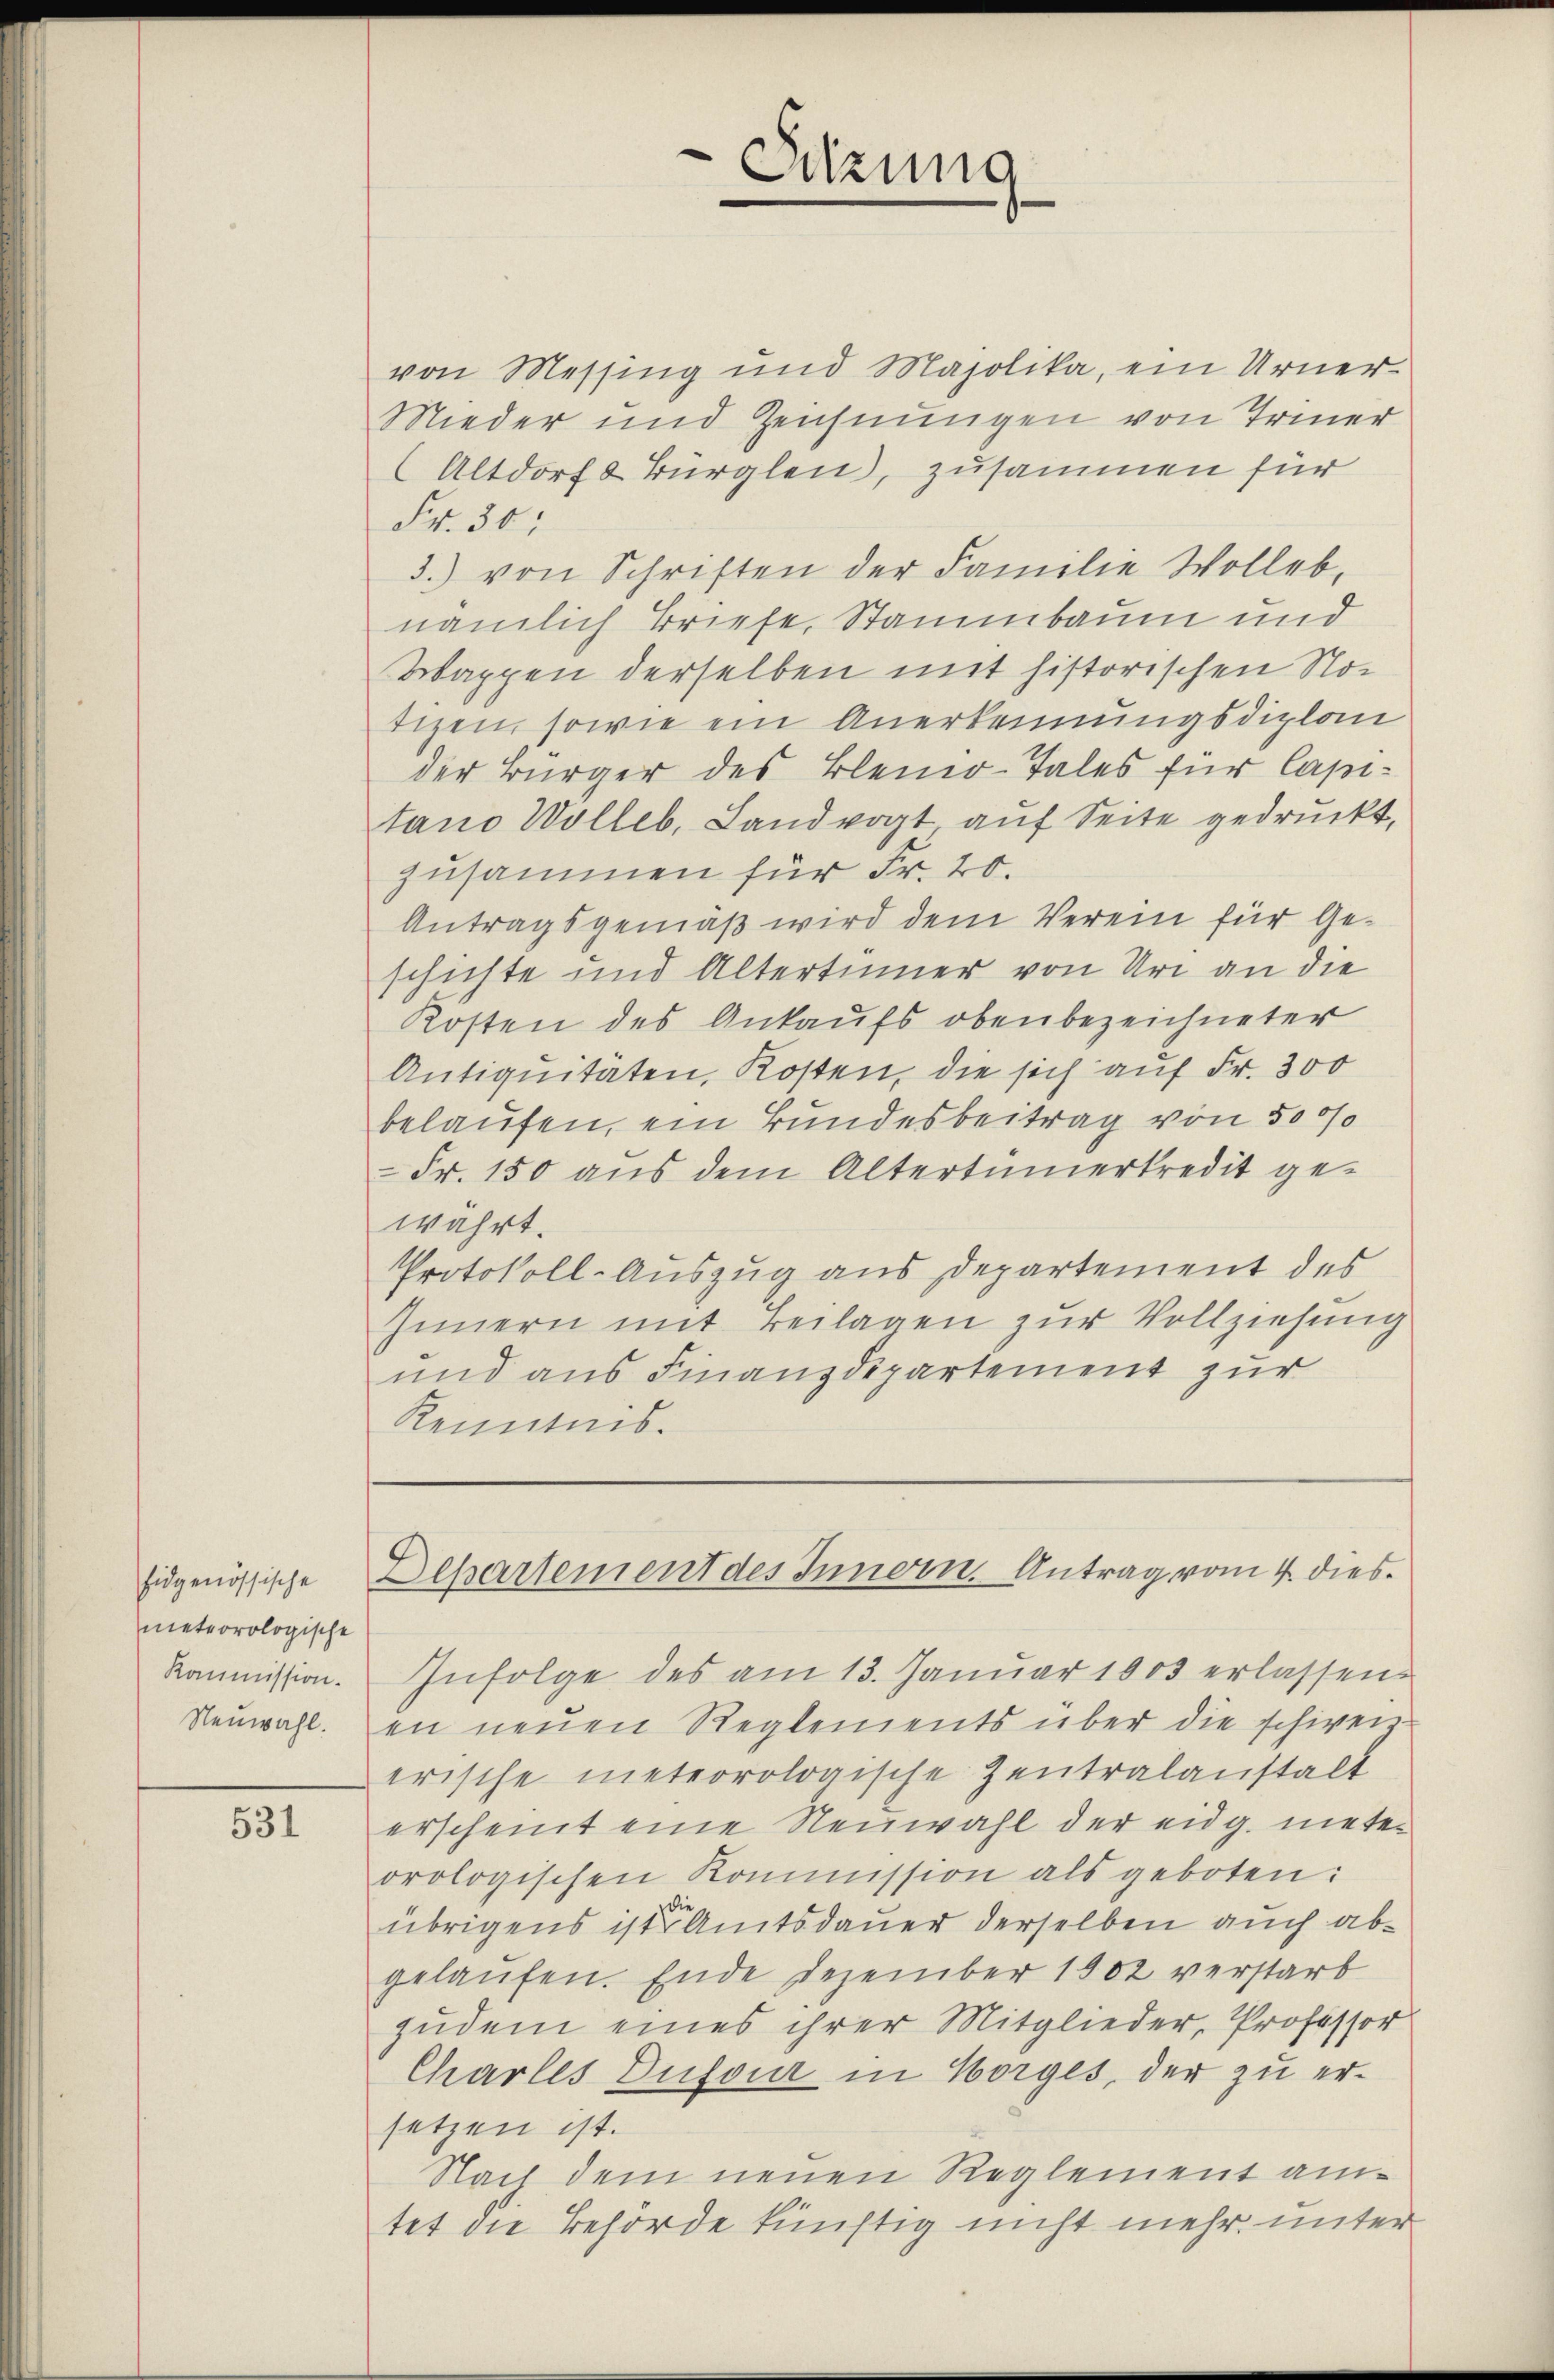
Eidgenössische
meteorologische
Kommission.
Neuwahl.

531

von Messing und Majolika, ein Urner¬
Mieder und Zeichnungen von Trier
Altdorf & Bürglen, zusammen für
Fr. 30.
3.) von Schriften der Familie Wolleb-
nämlich Briefe, Stammbaum und
Wappen derselben mit historischen Notizen, sowie ein Anerkennungsdiplon
der Bürger des Bleino-Tales für Capitano Wolleb. Landvogt auf Seite gedruckt,
zusammen für Fr. 20.
Antragsgemäß wird dem Verein für Geschichte und Altertümer von Uri an die
Kosten des Ankaufs obenbezeichneter
Antiquitäten, Kosten, die sich auf Fr. 300
belaufen, ein Bundesbeitrag von 5000
Fr. 150 aus dem Altertümerkredit gewahrt.
Protokoll-Auszug aus Departement des
Innern mit Beilagen zur Vollziehung
und aus Finanzdepartement zur
Kenntnis.
Dehartement des Innern. Antrag vom 4. dies
Infolge des am 13. Januar 1903 erlassen.
en neuen Reglements über die schien-
erische meteorologische Zentralanstalt
erscheint eine Neuwahl der eidg. mieten
orologischen Kommission als geboten:
übrigens ist Amtsdauer derselben auch abgelaufen. Ende Dezember 1902 verstarb
zudem eines ihrer Mitglieder, Professor
Charles Dufour in Horges, der zu ersetzen ist.
Nach dem neuen Reglement antet die Behörde künftig nicht mehr unter

Sitzung